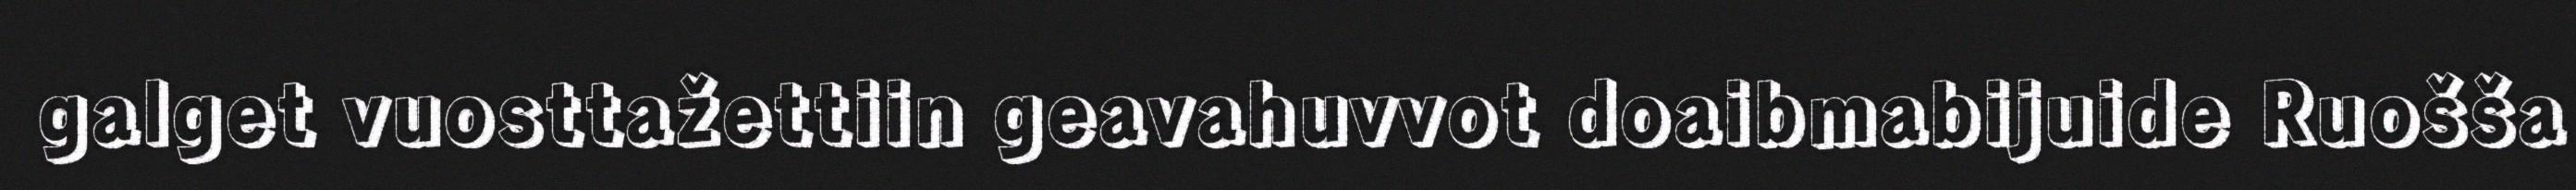
galget vuosttažettiin geavahuvvot doaibmabijuide Ruošša